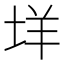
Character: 垟